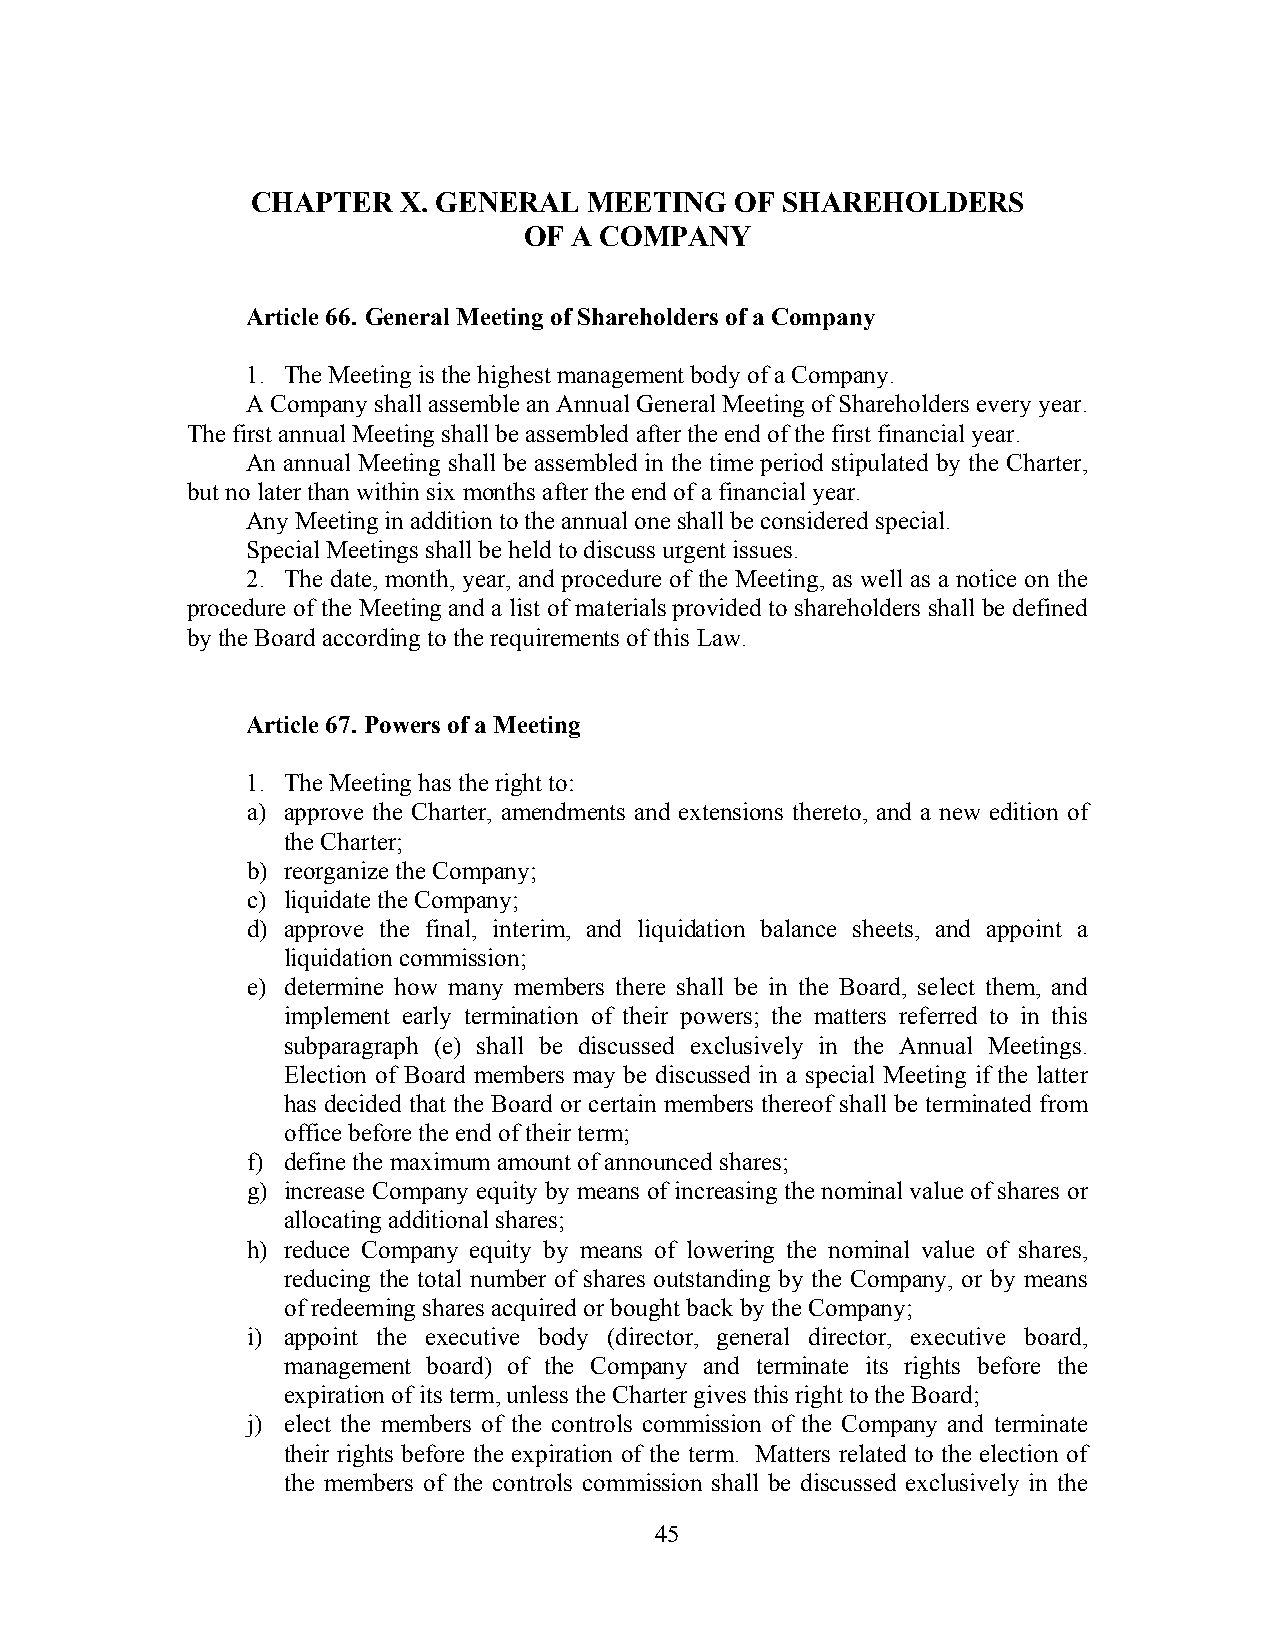
CHAPTER  X. GENERAL   MEETING   OF SHAREHOLDERS
 OF A COMPANY
 Article 66. General Meeting of Shareholders of a Company
 1. The Meeting is the highest management body of a Company.
 A Company shall assemble an Annual General Meeting of Shareholders every year.
 The first annual Meeting shall be assembled after the end of the first financial year.
 An annual Meeting shall be assembled in the time period stipulated by the Charter,
 but no later than within six months after the end of a financial year.
 Any Meeting in addition to the annual one shall be considered special.
 Special Meetings shall be held to discuss urgent issues.
 2. The date, month, year, and procedure of the Meeting, as well as a notice on the
 procedure of the Meeting and a list of materials provided to shareholders shall be defined
 by the Board according to the requirements of this Law.
 Article 67. Powers of a Meeting
 1. The Meeting has the right to:
 a) approve the Charter, amendments and extensions thereto, and a new edition of
 the Charter;
 b) reorganize the Company;
 c) liquidate the Company;
 d) approve the final, interim, and liquidation balance sheets, and appoint a
 liquidation commission;
 e) determine how many members there shall be in the Board, select them, and
 implement early termination of their powers; the matters referred to in this
 subparagraph (e) shall be discussed exclusively in the Annual Meetings.
 Election of Board members may be discussed in a special Meeting if the latter
 has decided that the Board or certain members thereof shall be terminated from
 office before the end of their term;
 f) define the maximum amount of announced shares;
 g) increase Company equity by means of increasing the nominal value of shares or
 allocating additional shares;
 h) reduce Company equity by means of lowering the nominal value of shares,
 reducing the total number of shares outstanding by the Company, or by means
 of redeeming shares acquired or bought back by the Company;
 i) appoint the executive body (director, general director, executive board,
 management board) of the Company and terminate its rights before the
 expiration of its term, unless the Charter gives this right to the Board;
 j) elect the members of the controls commission of the Company and terminate
 their rights before the expiration of the term. Matters related to the election of
 the members of the controls commission shall be discussed exclusively in the
 45